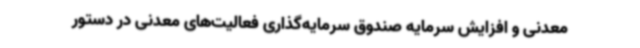
معدنی و افزایش سرمایه صندوق سرمایه‌گذاری فعالیت‌های معدنی در دستور